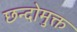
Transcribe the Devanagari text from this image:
छन्दोमुक्त